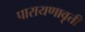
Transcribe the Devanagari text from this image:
पारायणावृत्ती